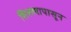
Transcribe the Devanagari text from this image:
शिरल्यापासून